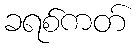
ခရစ်ကတ်